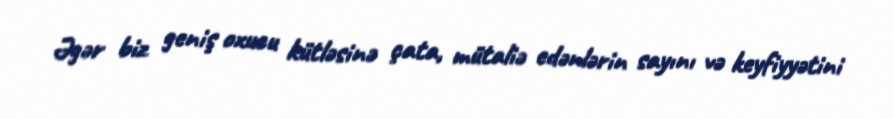
Əgər biz geniş oxucu kütləsinə çata, mütaliə edənlərin sayını və keyfiyyətini